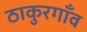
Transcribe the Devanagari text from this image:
ठाकुरगाँव